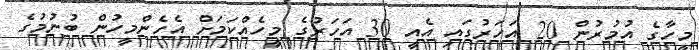
މީހާގެ އުމުރުން 20 އަހަރުގައި އެއީ 30 އަހަރުގެ މީހެއްކަމަށް އެހެންމީހުން ބުނުމުގެ